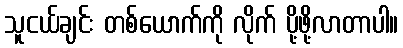
သူငယ်ချင်း တစ်ယောက်ကို လိုက် ပို့ဖို့လာတာပါ။